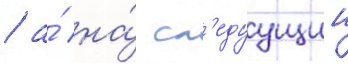
/ а́ на́ сл'едуущии